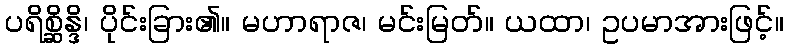
ပရိစ္ဆိန္ဒိ၊ ပိုင်းခြား၏။ မဟာရာဇ၊ မင်းမြတ်။ ယထာ၊ ဥပမာအားဖြင့်။